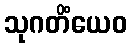
သုဂတိံယေဝ